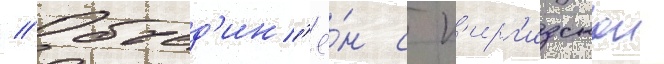
// Объед'ин'ё́н с к'ирг'изскои